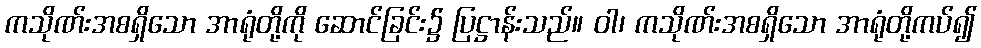
ကသိုဏ်းအစရှိသော အာရုံတို့ကို ဆောင်ခြင်း၌ ပြဋ္ဌာန်းသည်။ ဝါ၊ ကသိုဏ်းအစရှိသော အာရုံတို့ကပ်၍